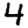
Digit: 4